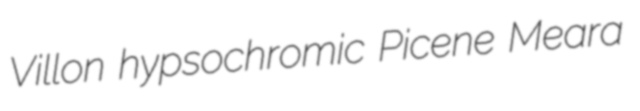
Villon hypsochromic Picene Meara